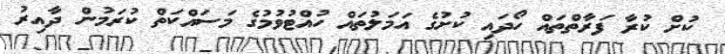
ކުށް ކުރާ ފަރާތްތައް ހޯދައި ކުށުގެ އަމަލުތައް ހުއްޓުވުމުގެ މަސައްކަތް ކުރަމުން ދާއިރު